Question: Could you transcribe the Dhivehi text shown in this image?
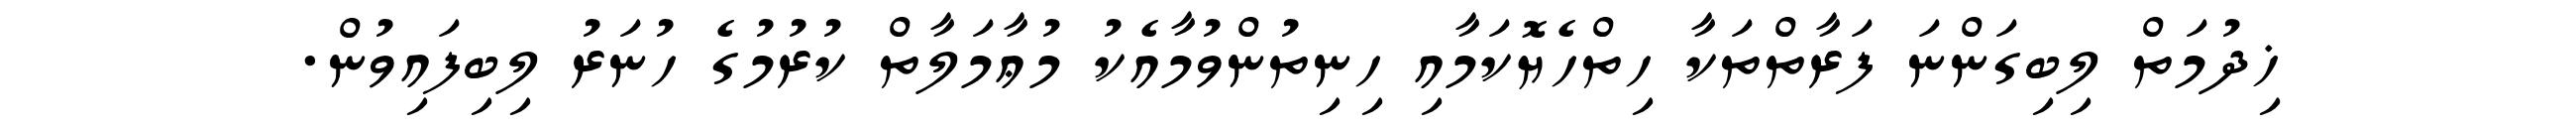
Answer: ޚިދުމަތް ލިބިގަންނަ ފަރާތްތަކާ ހިތްހެޔޮކަމާއި ހިނިތުންވުމާއެކު މުޢާމަލާތް ކުރުމުގެ ހުނަރު ލިބިފައިވުން.